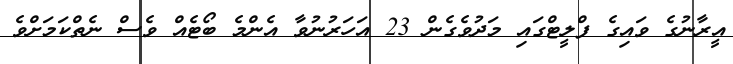
އީރާނުގެ ވައިގެ ފްލީޓްގައި މަދުވެގެން 23 އަހަރުނުވާ އެންމެ ބޯޓެއް ވެސް ނެތްކަމަށްވެ